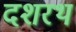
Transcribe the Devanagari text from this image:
दशरथ